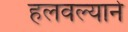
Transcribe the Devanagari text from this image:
हलवल्याने